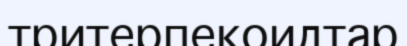
тритерпекоидтар